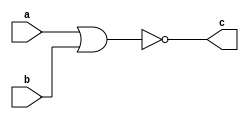
module nor_gate(c,a,b);
    input a,b;
    output c;
    
    nor g1(c,a,b);
    
endmodule